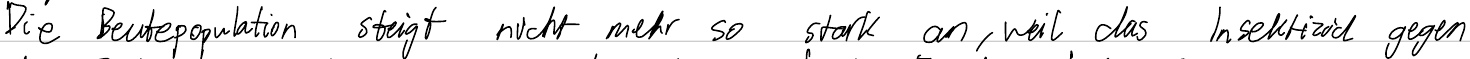
Die Beutepopulation steigt nicht mehr so stark an, weil das Insektizid gegen